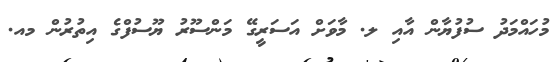
މުހައްމަދު ސުފުޔާން އާއި ލ. މާވަށް އަސަރީގޭ މަންސޫރު ޔޫސުފްގެ އިތުރުން މއ.